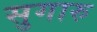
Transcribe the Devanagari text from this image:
सुगारु